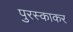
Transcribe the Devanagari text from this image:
पुरस्काकर